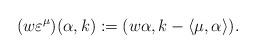
LaTeX: \begin{align*}(w\varepsilon^\mu)(\alpha,k) := (w\alpha,k-\langle \mu,\alpha\rangle).\end{align*}